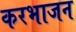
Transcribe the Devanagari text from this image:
करभाजन